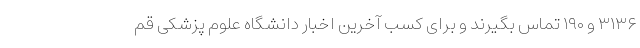
۳۱۳۶ و ۱۹۰ تماس بگیرند و برای کسب آخرین اخبار دانشگاه علوم پزشکی قم